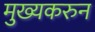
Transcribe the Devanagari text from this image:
मुख्यकरुन